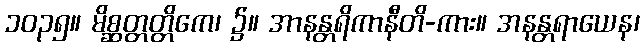
၁၀၃၅။ မိစ္ဆတ္တတ္တိကေ၊ ၌။ အာနန္တရိကာနီတိ-ကား။ အနန္တရာယေန၊